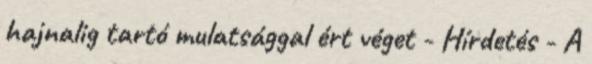
hajnalig tartó mulatsággal ért véget - Hírdetés - A